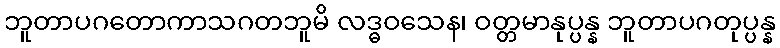
ဘူတာပဂတောကာသဂတဘူမိ လဒ္ဓဝသေန၊ ဝတ္တမာနုပ္ပန္န ဘူတာပဂတုပ္ပန္န